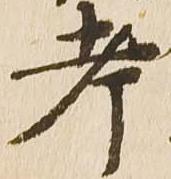
考